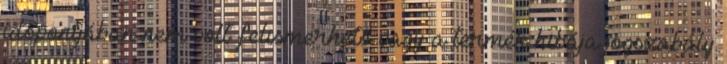
időpontjában nem volt felismerhető vagy a termék hibája jogszabály